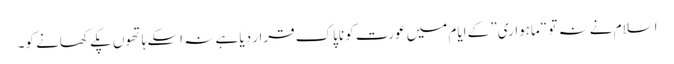
اسلام نے نہ تو “ماہواری” کے ایام میں عورت کو ناپاک قرار دیا ہے نہ اسکے ہاتھوں پکے کھانے کو۔